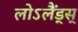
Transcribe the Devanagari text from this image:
लोऽलैंड्स्